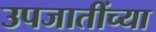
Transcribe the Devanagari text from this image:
उपजातींच्या